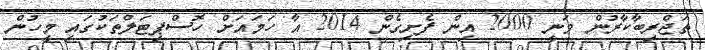
ތަޖްރިބާކާރުން ވަނީ 2000 އިން ފެށިގެން 2014 އާ ހަމައަށް ހޮސްޕިޓަލްތަކުގައި މީހުން